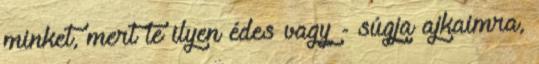
minket, mert te ilyen édes vagy - súgja ajkaimra,